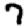
Digit: 7